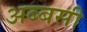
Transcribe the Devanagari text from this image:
अब्बसी